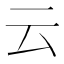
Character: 云